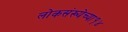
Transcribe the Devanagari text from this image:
लोकसंख्येच्या१४